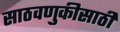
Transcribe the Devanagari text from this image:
साठवणुकीसाठी